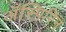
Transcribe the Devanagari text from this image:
अॅस्पिरिन